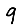
Digit: 9